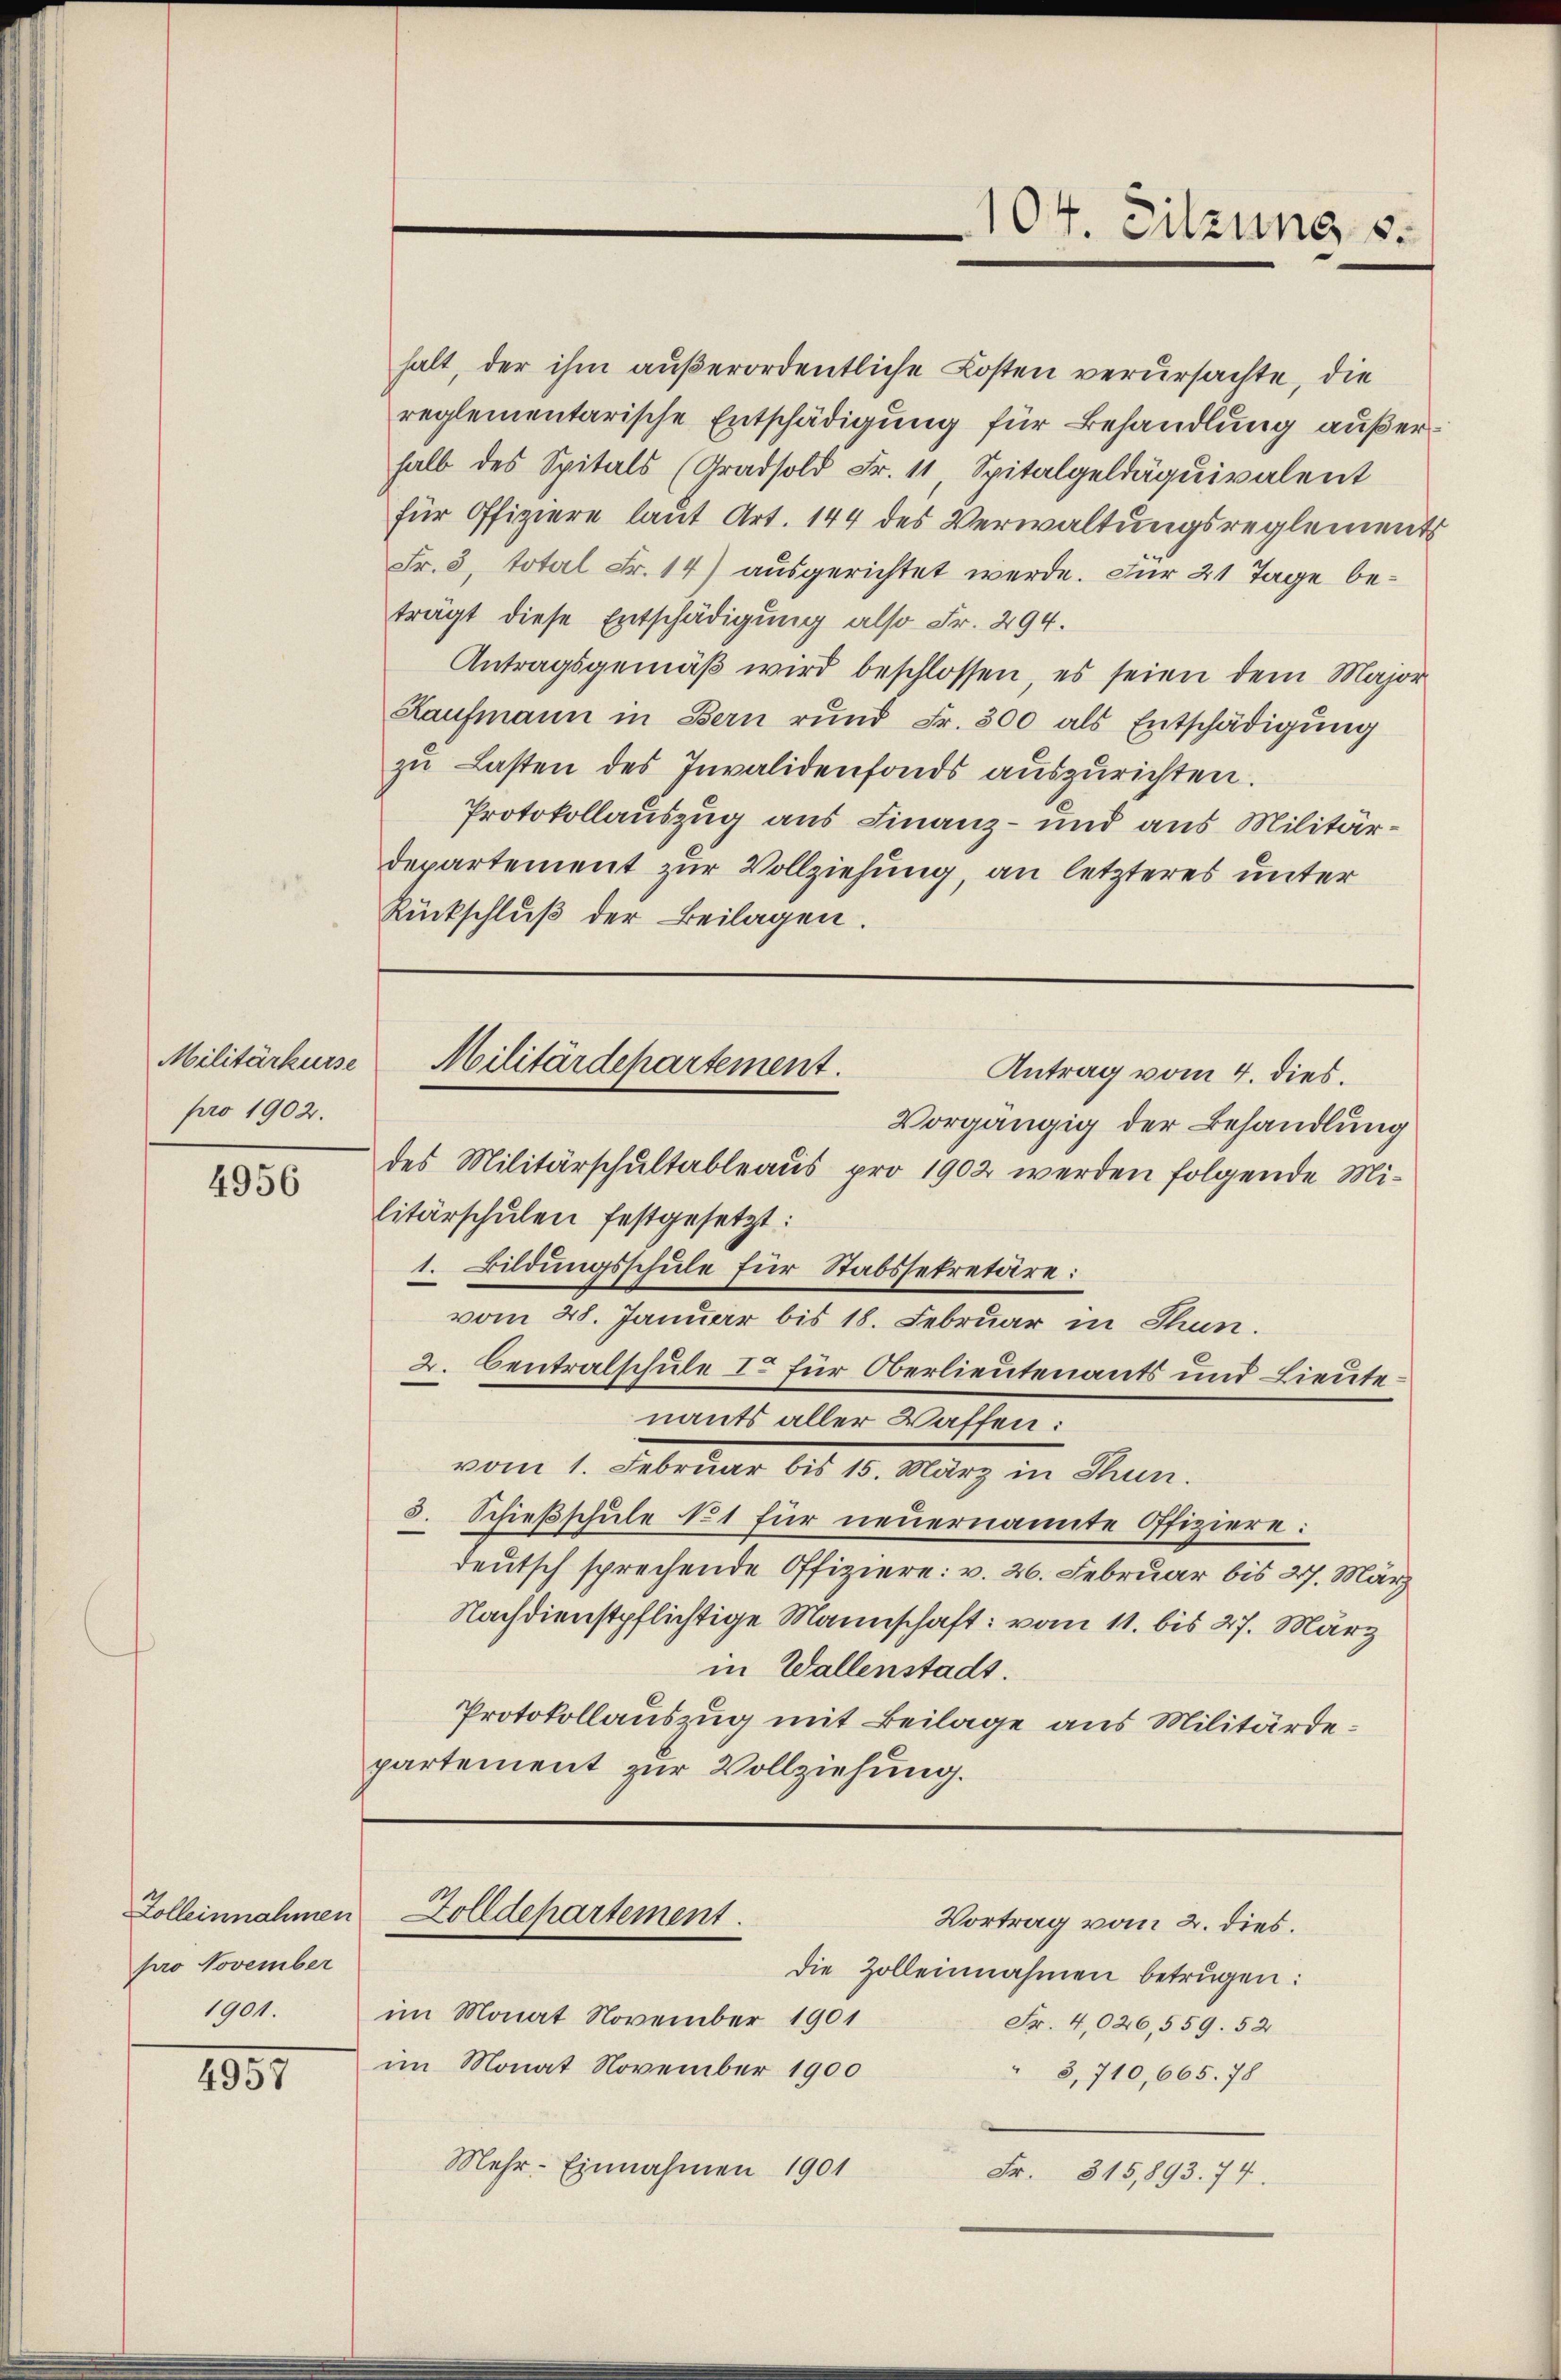
Militärkurse
pro 1902.

4956

pro November
1901.

4957

halt, der ihm außerordentliche Kosten verursachte, die
reglementarische Entschädigung für Behandlung außerhalb des Spitals (Gradsold Fr. 11, Spitalgeldäquivalent
für Offiziere laut Art. 144 des Verwaltungsreglements
Fr. 3, total Fr. 14) ausgerichtet werde. Für 21 Tage beträgt diese Entschädigung also Fr. 294.
Antragsgemäß wird beschlossen, es seien dem Major
Kaufmann in Bern rund Fr. 300 als Entschädigung
zu Lasten des Invalidenfonds auszurichten.
Protokollauszug aus Finanz- und aus Militärdepartement zur Vollziehung, an letzteres unter
Rückschluß der Beilagen.

Antrag vom 4. dies.
Vorgängig der Behandlung
des Militärschultableaus pro 1902 werden folgende Militärschulen festgesetzt:
1. Bildungsschule für Stabssekretäre:
vom 28. Januar bis 18. Februar in Thun.
2. Centralschule I. für Oberlieutenants und Lieutenants aller Waffen:
vom 1. Februar bis 15. März in Thun.
5. Schießschule 11 für neuernannte Offiziere:
deutsch sprechende Offiziere: v. 26. Februar bis 27. März
Nachdienstpflichtige Mannschaft: vom 11. bis 27. März
in Wallenstadt.
Protokollauszug mit Beilage aus Militärdepartement zur Vollziehung.

Militärdepartement.

Zolleinnahmen Zolldepartement
Vortrag vom 2. dies.

104. Sitzung s.

die Zolleinnahmen betrugen:
im Monat November 1901
Fr. 4,026,559. 52
im Monat November 1900
3,710, 665. 78
Mehr-Einnahmen 1901
Fr. 315,893. 74.